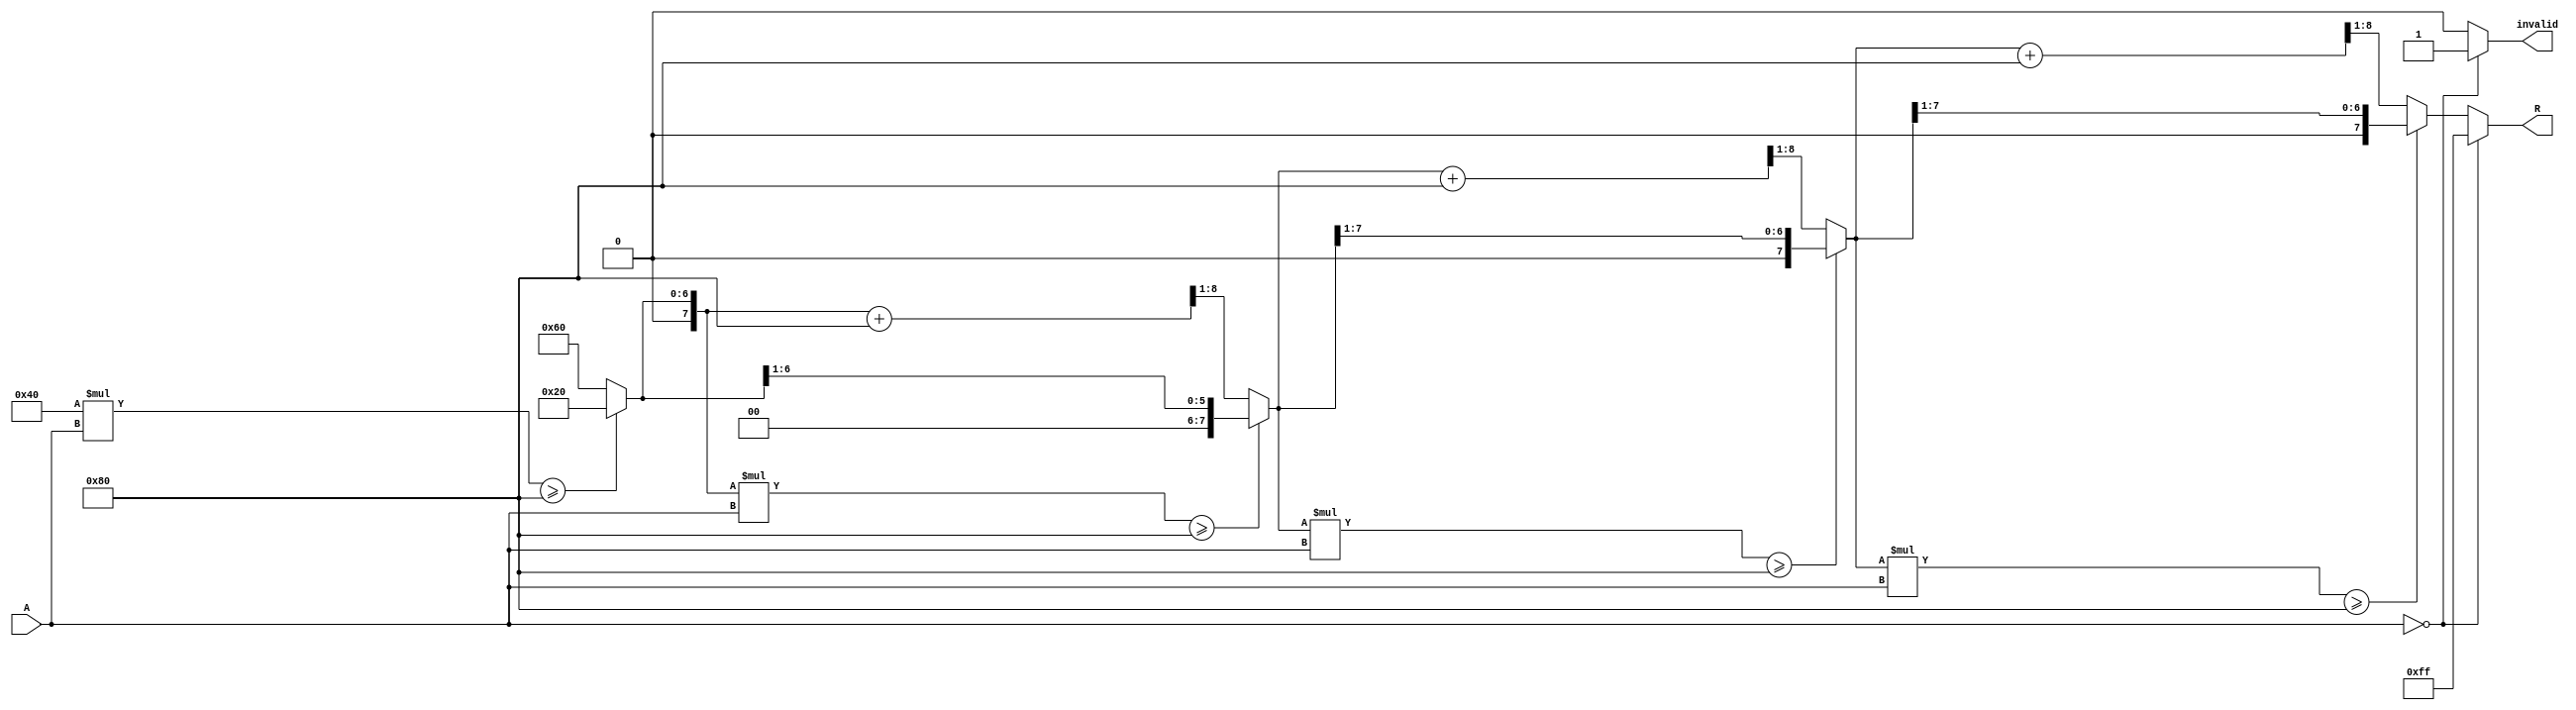
module BitwiseReciprocal #(
    parameter N = 8, // Bit-width of input/output
    parameter ITERATIONS = 4 // Number of iterations for accuracy
)(
    input  wire [N-1:0] A, // Input: n-bit unsigned binary number
    output reg  [N-1:0] R, // Output: n-bit unsigned binary number for reciprocal
    output reg  invalid // Output: Flag for invalid input (when A is zero)
);

    // Local variables for intermediate calculations
    reg [N-1:0] guess; // Initial guess for the reciprocal
    reg [N-1:0] product; // Product of guess and A
    integer i;

    always @* begin
        // Handle zero input
        if (A == 0) begin
            R = {N{1'b1}}; // Set to all ones (representing infinity)
            invalid = 1'b1; // Indicate invalid input
        end else begin
            invalid = 1'b0; // Valid input

            // Initialize guess with a reasonable starting point
            guess = {1'b0, 1'b1, {N-2{1'b0}}}; // Initial guess of 0.5 (binary 0.1)

            // Bitwise approximation iterations
            for (i = 0; i < ITERATIONS; i = i + 1) begin
                // Calculate product of guess and A
                product = guess * A;

                // Adjust guess based on product comparison with 1 << (N-1)
                if (product >= (1 << (N-1))) begin
                    guess = guess >> 1; // Reduce guess
                end else begin
                    guess = (guess + (1 << (N-1))) >> 1; // Refine guess
                end
            end

            // Normalize the result
            R = guess; // The final approximation for the reciprocal
        end
    end
endmodule